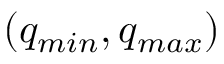
( q _ { m i n } , q _ { m a x } )